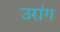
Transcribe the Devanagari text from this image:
उरांग